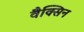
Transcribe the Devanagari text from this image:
वैक्सिन